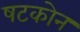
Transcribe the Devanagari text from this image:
षटकोन